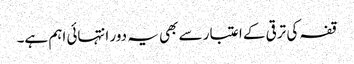
قفہ کی ترقی کے اعتبار سے بھی یہ دور انتہائی اہم ہے۔